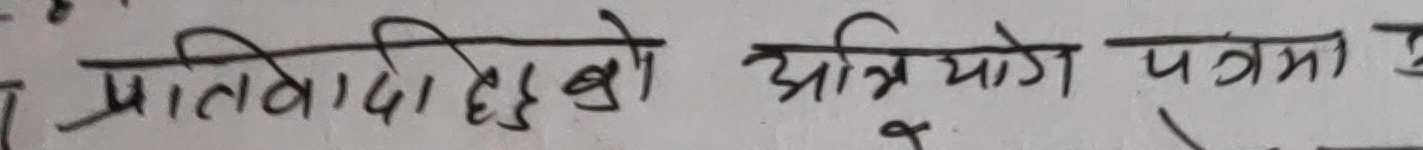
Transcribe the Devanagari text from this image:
प्रतिवादीहरुको अभियोग पत्रमा टे